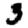
Digit: 3